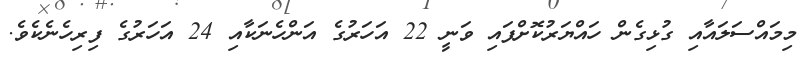
މިމައްސަލައާއި ގުޅިގެން ހައްޔަރުކޮށްފައި ވަނީ 22 އަހަރުގެ އަންހެނަކާއި 24 އަހަރުގެ ފިރިހެނެކެވެ.